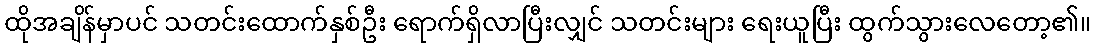
ထိုအချိန်မှာပင် သတင်းထောက်နှစ်ဦး ရောက်ရှိလာပြီးလျှင် သတင်းများ ရေးယူပြီး ထွက်သွားလေတော့၏။